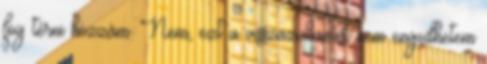
fog térni hozzám. Nem, ezt a visszazuhanást nem engedhetem